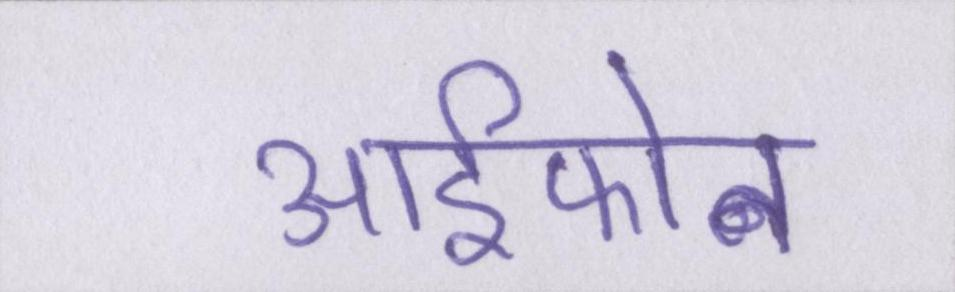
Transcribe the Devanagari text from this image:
आईफोन